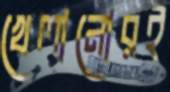
খেলানোরই